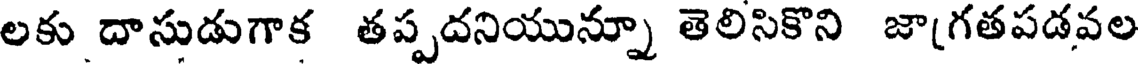
లకు దాసుడుగాక తప్పదనియున్నూ తెలిసికొని జాగతపడవల